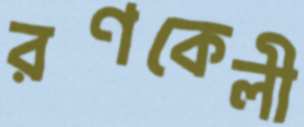
রণকেলী